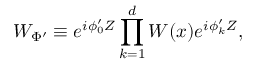
W _ { \Phi ^ { \prime } } \equiv e ^ { i \phi _ { 0 } ^ { \prime } Z } \prod _ { k = 1 } ^ { d } W ( x ) e ^ { i \phi _ { k } ^ { \prime } Z } ,